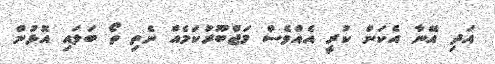
އަދި އޭނާ އެކަން ކުރީ އެއްވެސް މަޖްބޫރުކަމެއް ނެތި ތޯ ބަލައި އޮޅުން